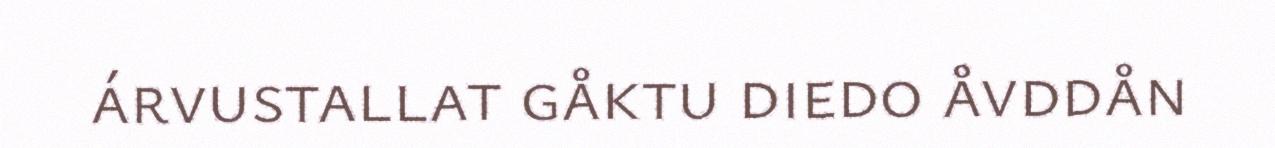
árvustallat gåktu diedo åvddån